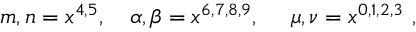
m , n = x ^ { 4 , 5 } , ~ ~ ~ \alpha , \beta = x ^ { 6 , 7 , 8 , 9 } , ~ ~ ~ ~ \mu , \nu = x ^ { 0 , 1 , 2 , 3 } \ ,